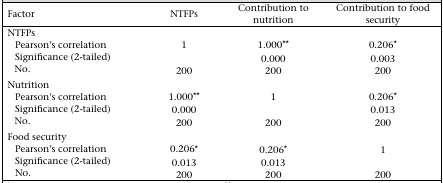
<table><thead><tr><td><b>Factor</b></td><td><b>NTFPs</b></td><td><b>Contribution to nutrition</b></td><td><b>Contribution to food security</b></td></tr></thead><tbody><tr><td>NTFPs</td><td></td><td></td><td></td></tr><tr><td>Pearson&#x27;s correlation</td><td>1</td><td>1.000**</td><td>0.206*</td></tr><tr><td>Significance (2-tailed)</td><td></td><td>0.000</td><td>0.003</td></tr><tr><td>No.</td><td>200</td><td>200</td><td>200</td></tr><tr><td>Nutrition</td><td></td><td></td><td></td></tr><tr><td>Pearson&#x27;s correlation</td><td>1.000**</td><td>1</td><td>0.206*</td></tr><tr><td>Significance (2-tailed)</td><td>0.000</td><td></td><td>0.013</td></tr><tr><td>No.</td><td>200</td><td>200</td><td>200</td></tr><tr><td>Food security</td><td></td><td></td><td></td></tr><tr><td>Pearson&#x27;s correlation</td><td>0.206*</td><td>0.206*</td><td>1</td></tr><tr><td>Significance (2-tailed)</td><td>0.013</td><td>0.013</td><td></td></tr><tr><td>No.</td><td>200</td><td>200</td><td>200</td></tr></tbody></table>